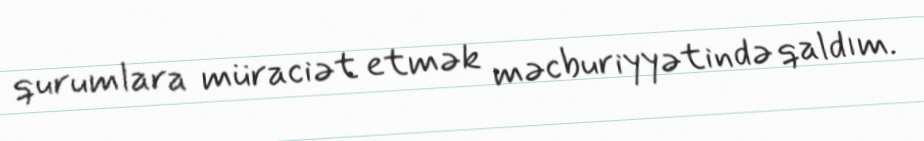
qurumlara müraciət etmək məcburiyyətində qaldım.